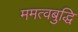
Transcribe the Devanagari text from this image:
ममत्वबुद्धि